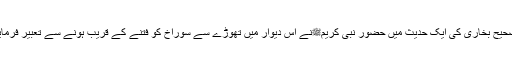
صحیح بخاری کی ایک حدیث میں حضور نبی کریمﷺنے اس دیوار میں تھوڑے سے سوراخ کو فتنے کے قریب ہونے سے تعبیر فرمایا۔